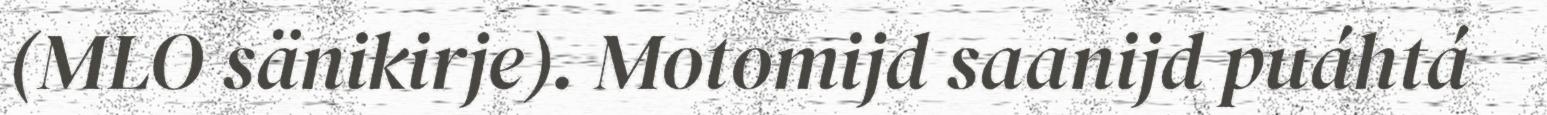
(MLO sänikirje). Motomijd saanijd puáhtá